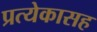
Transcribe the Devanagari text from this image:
प्रत्येकासह